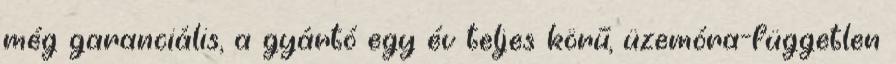
még garanciális, a gyártó egy év teljes körű, üzemóra-független